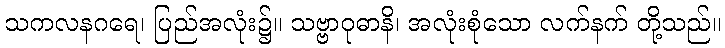
သကလနဂရေ၊ ပြည်အလုံး၌။ သဗ္ဗာဝုဓာနိ၊ အလုံးစုံသော လက်နက် တို့သည်။